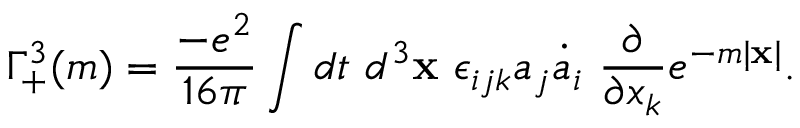
\Gamma _ { + } ^ { 3 } ( m ) = \frac { - e ^ { 2 } } { 1 6 \pi } \int d t ~ d ^ { 3 } { \bf x } ~ \epsilon _ { i j k } a _ { j } \dot { a } _ { i } ~ \frac { \partial } { \partial x _ { k } } e ^ { - m | { \bf x } | } .